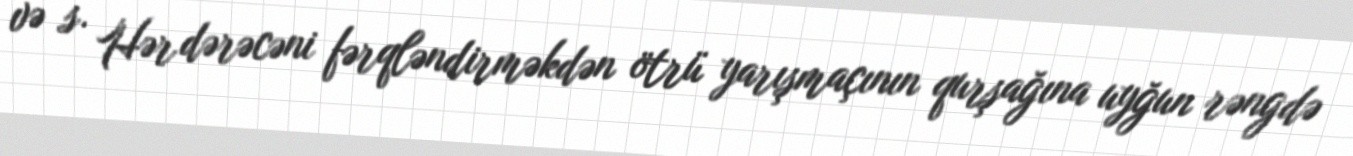
və s. Hər dərəcəni fərqləndirməkdən ötrü yarışmaçının qurşağına uyğun rəngdə